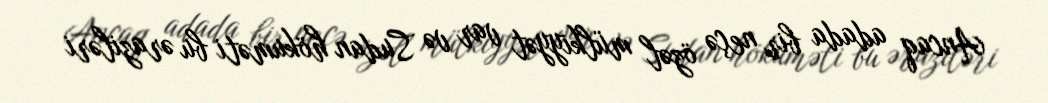
Ancaq adada bir neçə özəl mülkiyyət var və Sudan hökuməti bu əraziləri